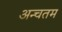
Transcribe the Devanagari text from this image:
अन्चतम